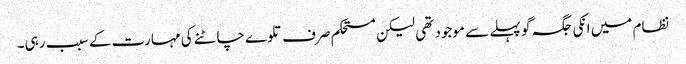
نظام میں انکی جگہ گو پہلے سے موجود تھی لیکن مستحکم صرف تلوے چاٹنے کی مہارت کے سبب رہی۔